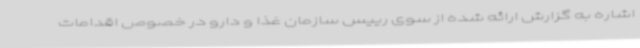
اشاره به گزارش ارائه شده از سوی رییس سازمان غذا و دارو در خصوص اقدامات